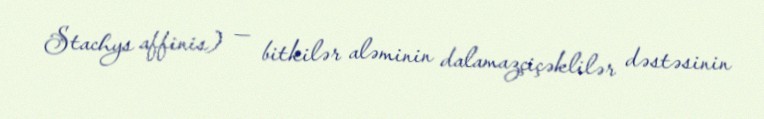
Stachys affinis) — bitkilər aləminin dalamazçiçəklilər dəstəsinin